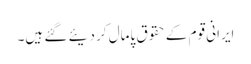
ایرانی قوم کے حقوق پامال کر دیئے گئے ہیں۔